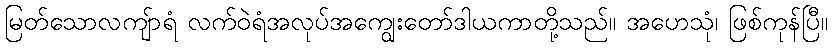
မြတ်သောလကျ်ာရံ လက်ဝဲရံအလုပ်အကျွေးတော်ဒါယကာတို့သည်။ အဟေသုံ၊ ဖြစ်ကုန်ပြီ။